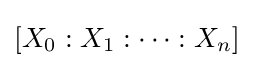
[X_{0}:X_{1}:\cdots :X_{n}]\